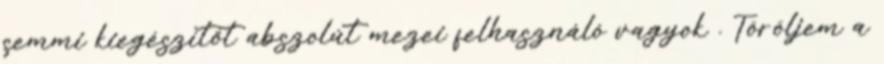
semmi kiegészítőt abszolút mezei felhasználó vagyok . Töröljem a